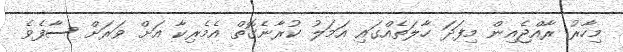
މިހާރު ރާއްޖެއިން މިފަދަ ހާލަތެއްގައި އަމަލު ކުރާނެގޮތް އެމެރިކާ އަށް ވަރަށް ސާފެވެ